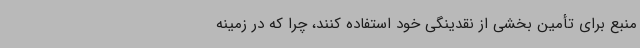
منبع برای تأمین بخشی از نقدینگی خود استفاده کنند، چرا که در زمینه